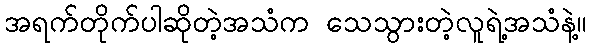
အရက်တိုက်ပါဆိုတဲ့အသံက သေသွားတဲ့လူရဲ့အသံနဲ့။